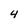
Character: 4